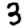
Digit: 3